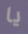
يا